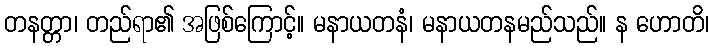
တနတ္တာ၊ တည်ရာ၏ အဖြစ်ကြောင့်။ မနာယတနံ၊ မနာယတနမည်သည်။ န ဟောတိ၊